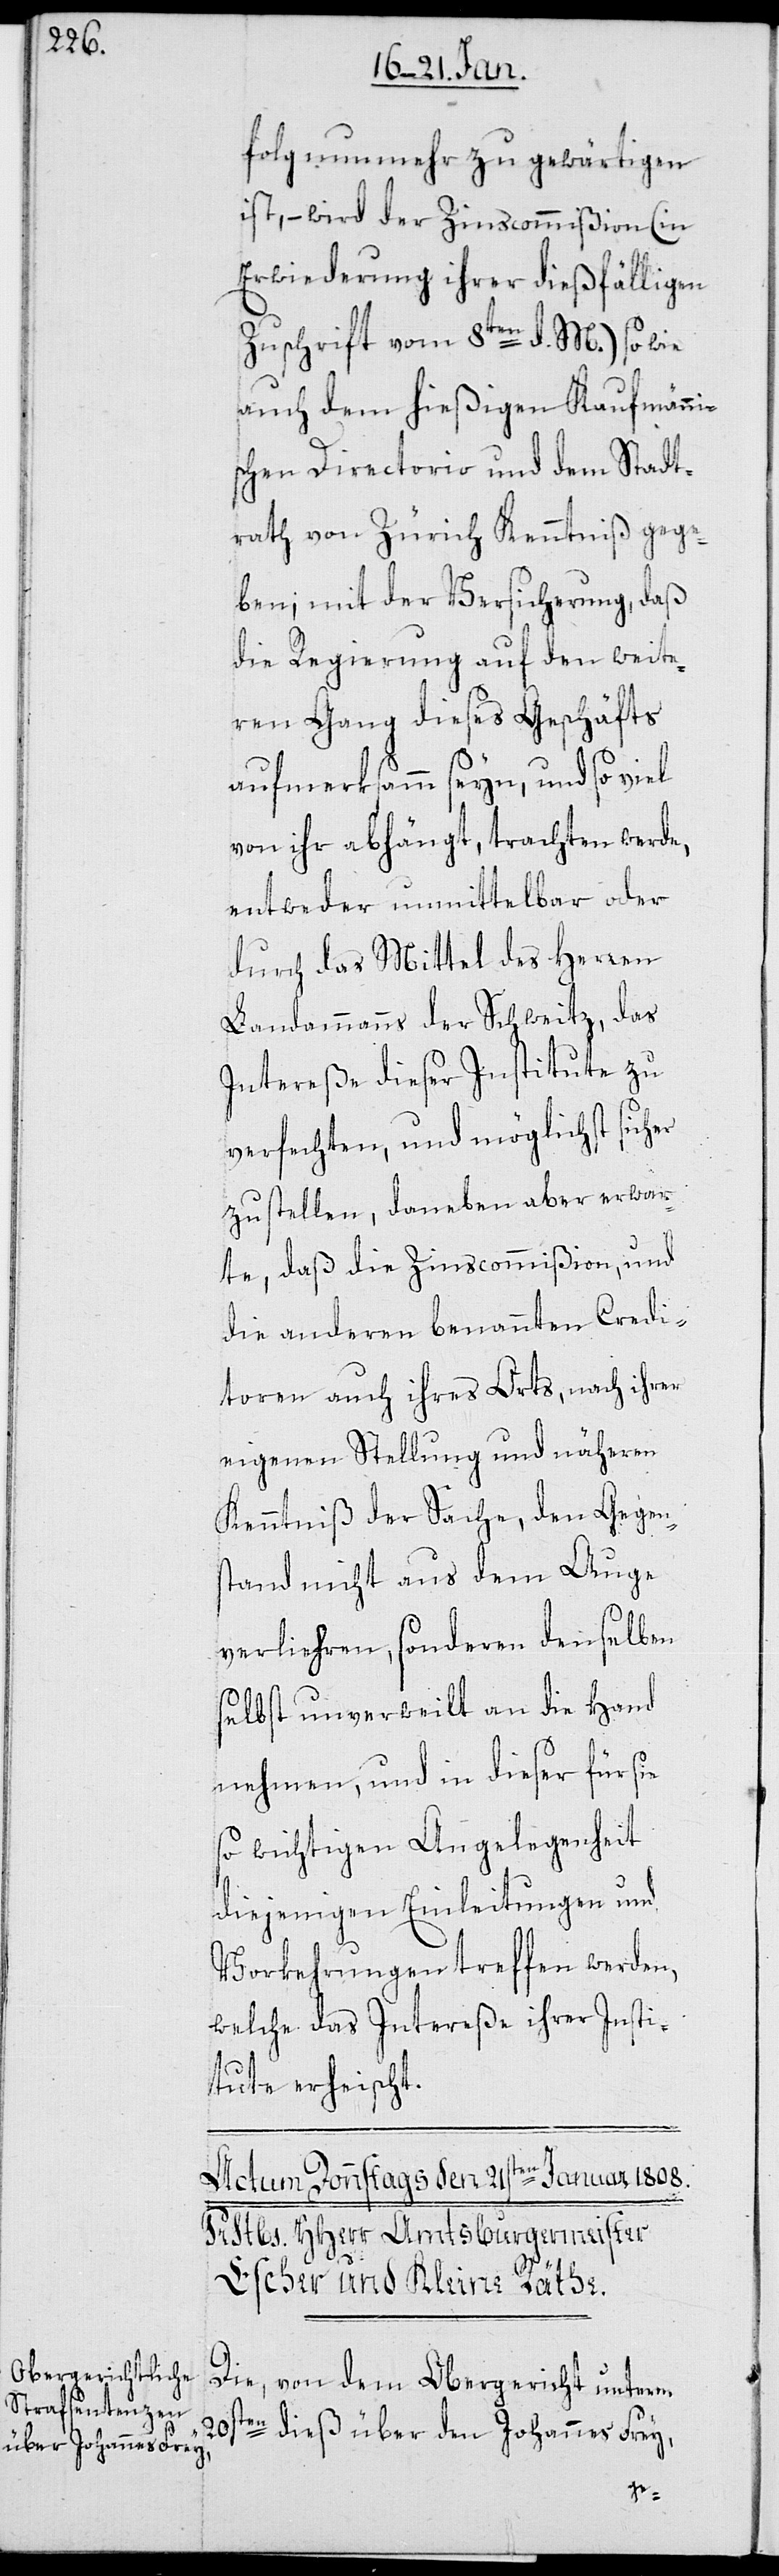
folg nunmehr zu gewärtigen
ist, – wird der Zinscommißion (in
Erwiederung ihrer dießfälligen
Zuschrift vom 8ten d. M.) sowie
auch dem hießigen Kaufmänni¬
schen Directorio und dem Stadt¬
rath von Zürich Kenntniß gege¬
ben; mit der Versicherung, daß
die Regierung auf den weite¬
ren Gang dieses Geschäfts
aufmerksamm seyn, und so viel
von ihr abhängt, trachten werde,
entweder unmittelbar oder
durch das Mittel des Herren
Landammanns der Schweitz, das
Intereße dieser Institute zu
verfechten, und möglichst sicher
zu stellen, daneben aber erwar¬
te, daß die Zinscommißion, und
die anderen benannten Credi¬
toren auch ihres Orts, nach ihrer
eigenen Stellung und näheren
Kenntniß der Sache, den Gegen¬
stand nicht aus dem Auge
verliehren, sondern denselben
selbst unverweilt an die Hand
nehmen, und in dieser für sie
so wichtigen Angelegenheit
diejenigen Einleitungen und
Vorkehrungen treffen werden,
welche das Intereße ihrer Insti¬
tute erheischt.
Die, von dem Obergericht unterm
ten dieß über den Johannes Frey,
20s¬